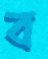
ব